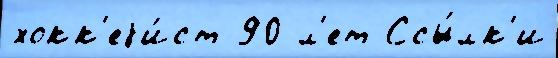
хокк'еjи́ст 90 л'ет Ссы́лк'и